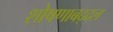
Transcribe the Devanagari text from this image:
शोषणाबद्दल